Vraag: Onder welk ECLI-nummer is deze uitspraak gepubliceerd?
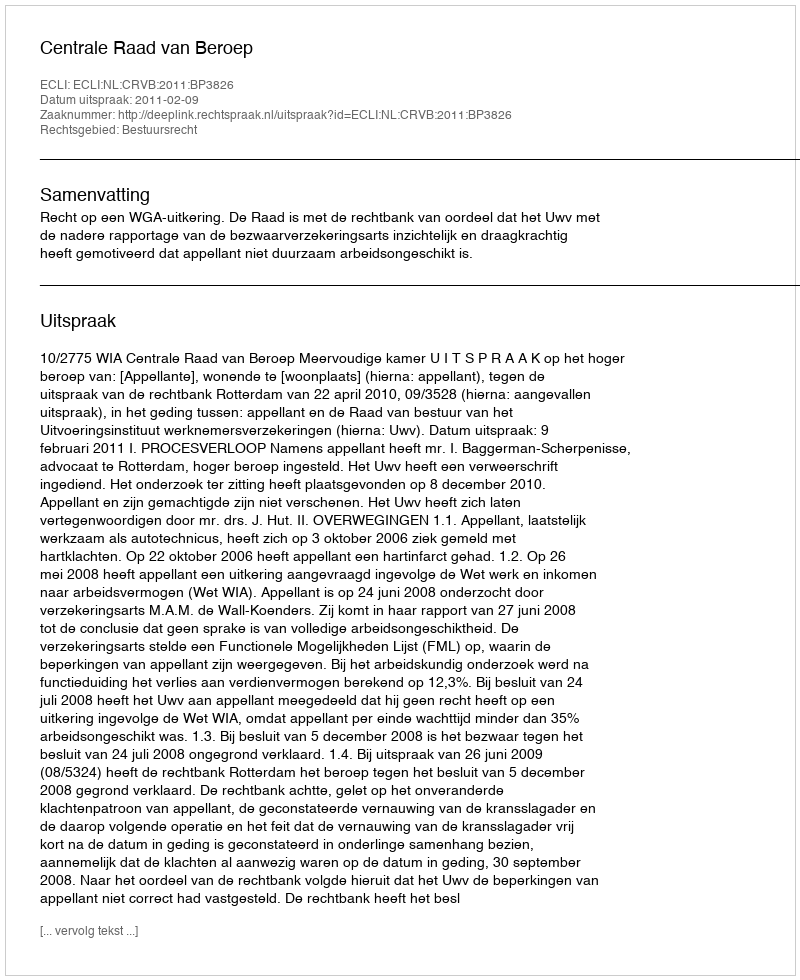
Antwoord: ECLI:NL:CRVB:2011:BP3826